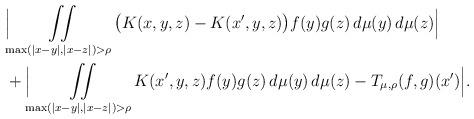
LaTeX: \begin{align*}&\Big| \iint \displaylimits_{\max(|x-y|,|x-z|)>\rho} \big(K(x,y,z)-K(x',y,z) \big) f(y) g(z) \, d\mu(y) \, d\mu(z)\Big| \\&+ \Big| \iint \displaylimits_{\max(|x-y|,|x-z|)>\rho} K(x',y,z) f(y) g(z) \, d\mu(y) \, d\mu(z)-T_{\mu, \rho} ( f , g )(x') \Big|.\end{align*}